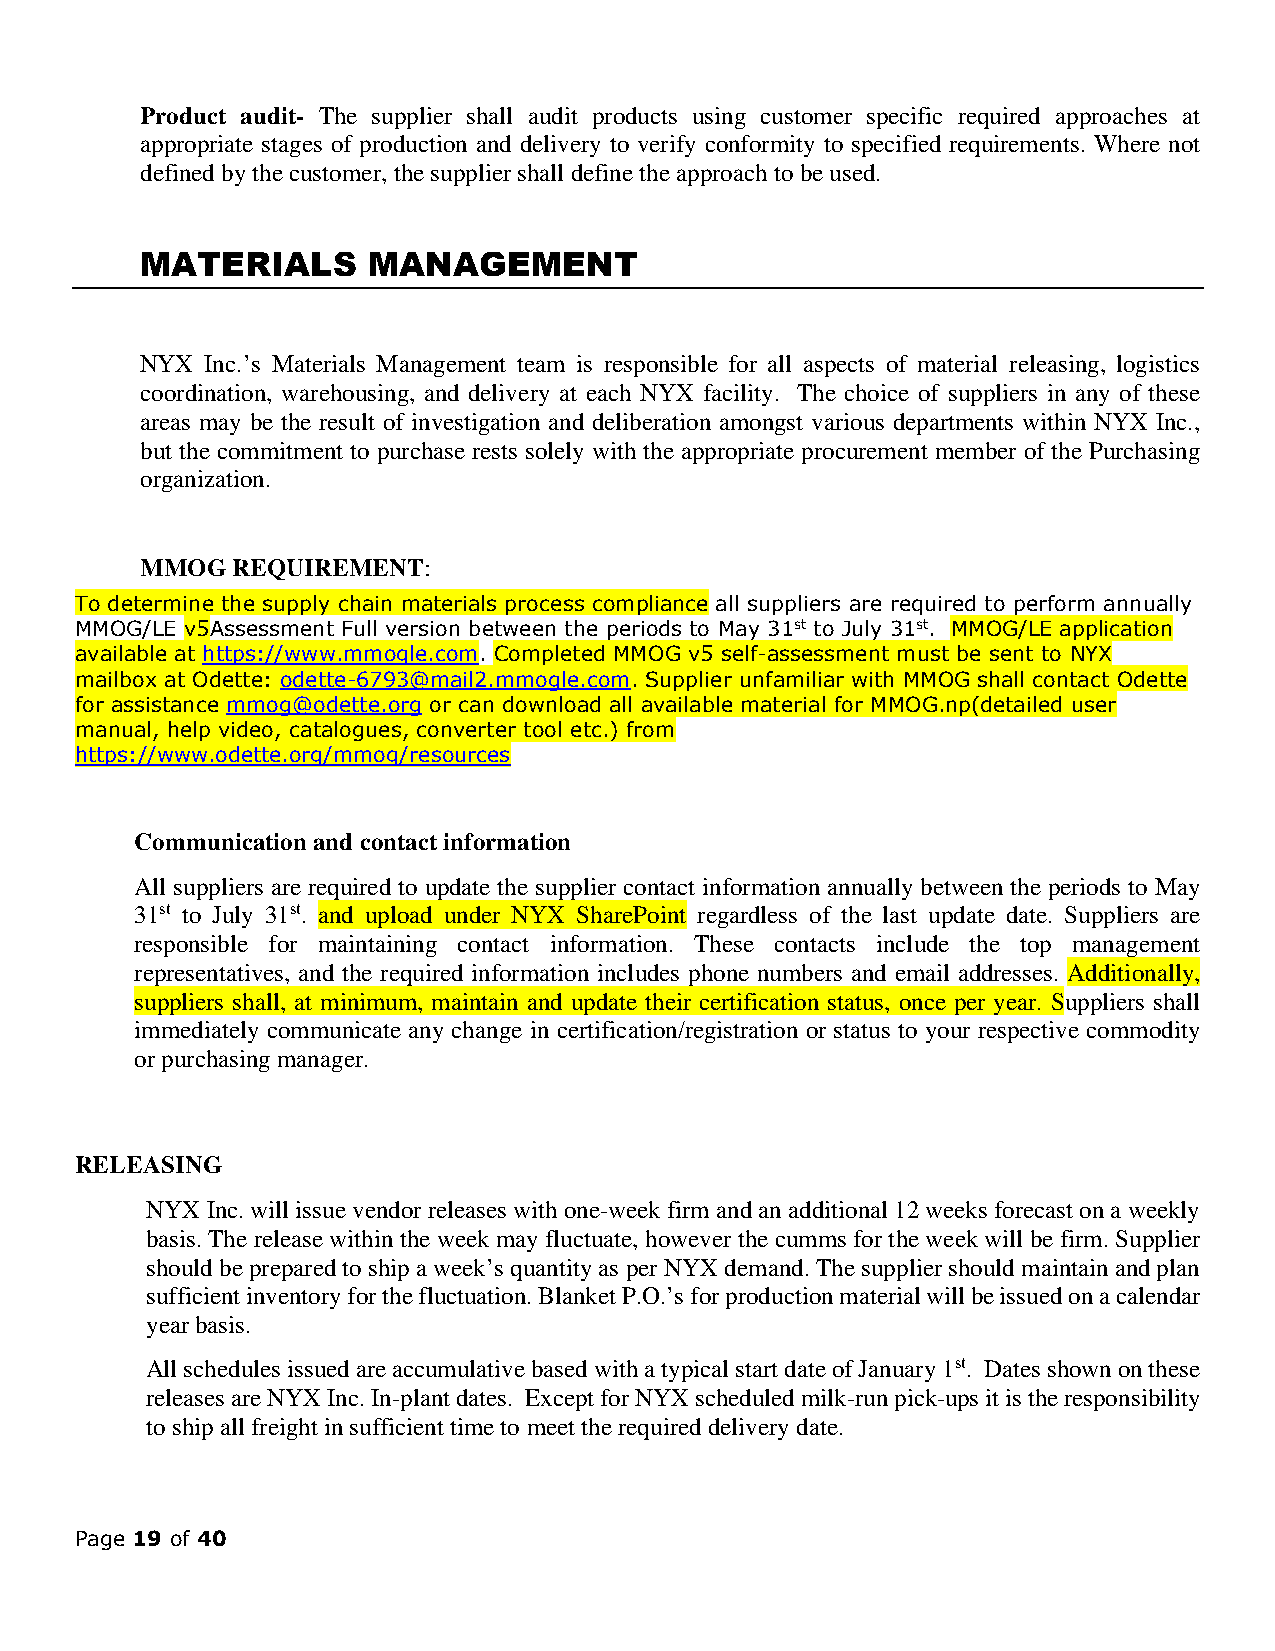
Product audit- The supplier shall audit products using customer specific required approaches at
 appropriate stages of production and delivery to verify conformity to specified requirements. Where not
 defined by the customer, the supplier shall define the approach to be used.
 MATERIALS      MANAGEMENT
 NYX  Inc.’s Materials Management team is responsible for all aspects of material releasing, logistics
 coordination, warehousing, and delivery at each NYX facility. The choice of suppliers in any of these
 areas may be the result of investigation and deliberation amongst various departments within NYX Inc.,
 but the commitment to purchase rests solely with the appropriate procurement member of the Purchasing
 organization.
 MMOG  REQUIREMENT:
 To determine the supply chain materials process compliance all suppliers are required to perform annually
 MMOG/LE v5Assessment Full version between the periods to May 31st to July 31st. MMOG/LE application
 available at https://www.mmogle.com. Completed MMOG v5 self-assessment must be sent to NYX
 mailbox at Odette: odette-6793@mail2.mmogle.com. Supplier unfamiliar with MMOG shall contact Odette
 for assistance mmog@odette.org or can download all available material for MMOG.np(detailed user
 manual, help video, catalogues, converter tool etc.) from
 https://www.odette.org/mmog/resources
 Communication and contact information
 All suppliers are required to update the supplier contact information annually between the periods to May
 31st to July 31st. and upload under NYX SharePoint regardless of the last update date. Suppliers are
 responsible for maintaining contact information. These contacts include the top management
 representatives, and the required information includes phone numbers and email addresses. Additionally,
 suppliers shall, at minimum, maintain and update their certification status, once per year. Suppliers shall
 immediately communicate any change in certification/registration or status to your respective commodity
 or purchasing manager.
 RELEASING
 NYX Inc. will issue vendor releases with one-week firm and an additional 12 weeks forecast on a weekly
 basis. The release within the week may fluctuate, however the cumms for the week will be firm. Supplier
 should be prepared to ship a week’s quantity as per NYX demand. The supplier should maintain and plan
 sufficient inventory for the fluctuation. Blanket P.O.’s for production material will be issued on a calendar
 year basis.
 All schedules issued are accumulative based with a typical start date of January 1st. Dates shown on these
 releases are NYX Inc. In-plant dates. Except for NYX scheduled milk-run pick-ups it is the responsibility
 to ship all freight in sufficient time to meet the required delivery date.
 Page 19 of 40